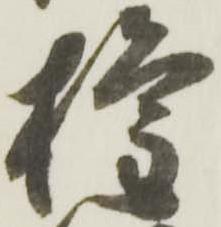
権